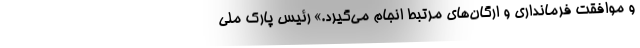
و موافقت فرمانداری و ارگان‌های مرتبط انجام می‌گیرد.» رئیس پارک ملی